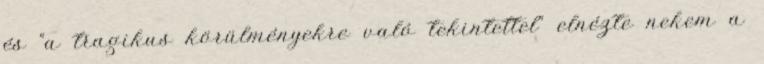
és “a tragikus körülményekre való tekintettel” elnézte nekem a